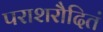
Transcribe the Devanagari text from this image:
पराशरौदितं